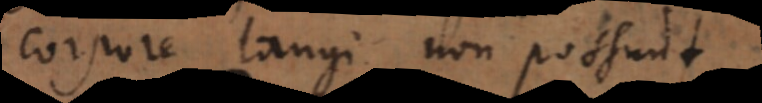
corpore tangi non possunt.